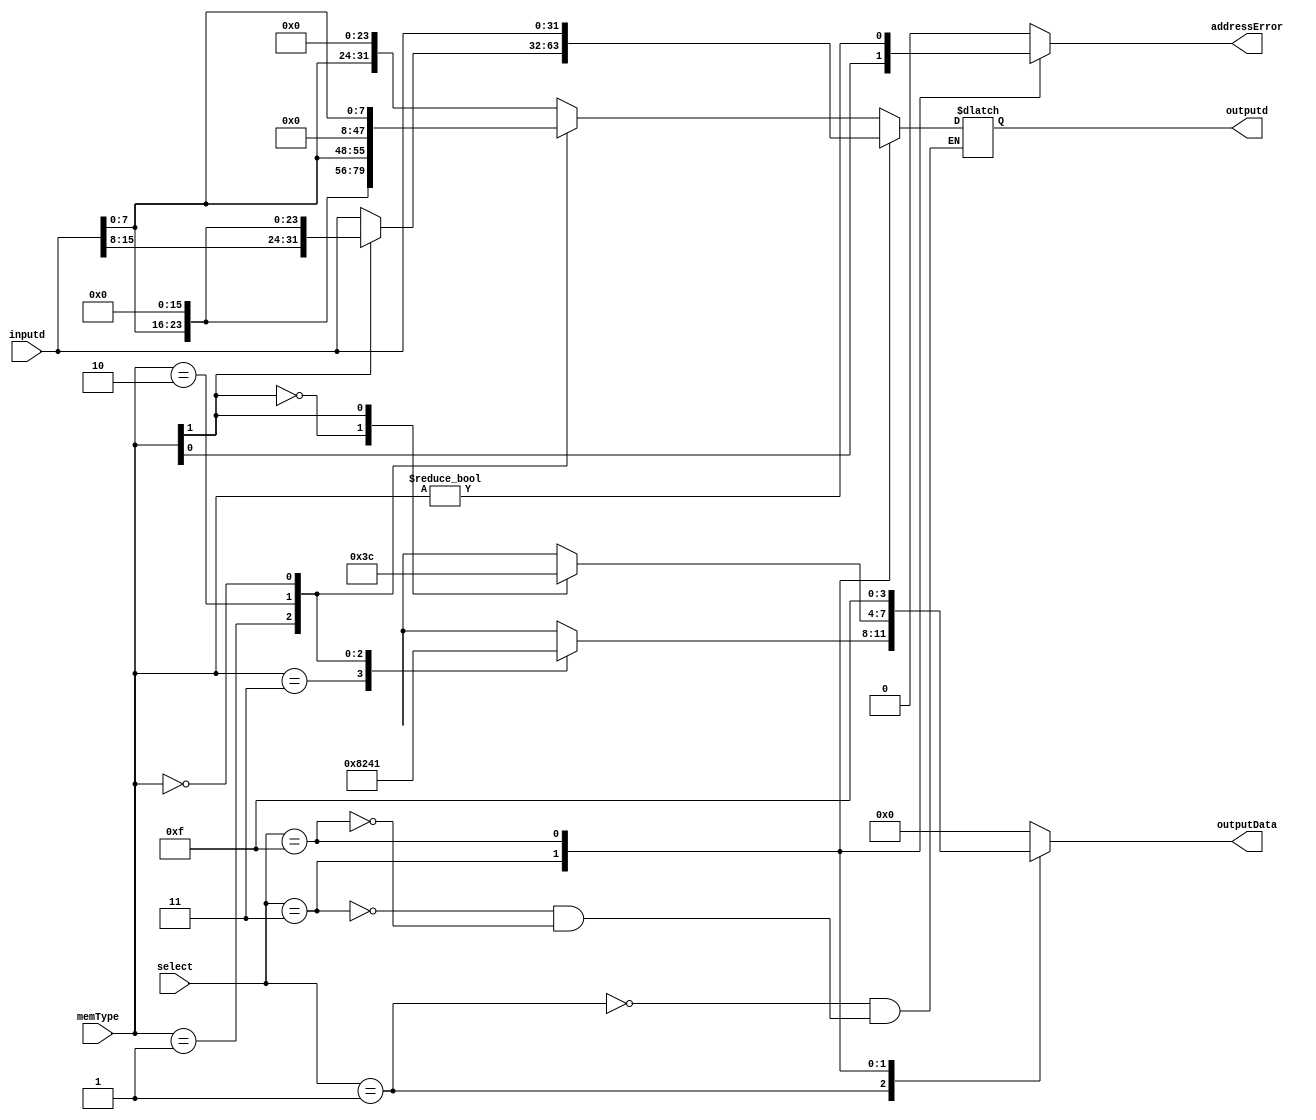
module memRselect(select,memType,outputData, inputd, outputd, addressError);
input[3:0] select;
input[1:0] memType;
input[31:0] inputd;
output reg [3:0] outputData;
output  reg[31:0] outputd;
output reg addressError;
always@(*) begin
case(select)
4'b0001 : begin
                   case(memType)
                   2'b11 :  begin outputData = 4'b1000;  outputd = {inputd[7:0], 24'b0}; end
                   2'b01 :  begin outputData = 4'b0010;  outputd = {16'b0, inputd[7:0], 8'b0}; end
                   2'b10 :  begin outputData = 4'b0100;  outputd = {8'b0,inputd[7:0], 16'b0}; end
                   2'b00 :  begin outputData = 4'b0001;  outputd = {24'b0,inputd[7:0]};  end
                   default : outputData = 4'b0000;

                   endcase
                   addressError = 1'b0;
                   end
4'b0011 : begin
                   case(memType[1])
                  1'b0 :  begin outputData = 4'b0011;  outputd = {16'b0, inputd}; end
                  1'b1 :  begin outputData = 4'b1100;  outputd = {inputd, 16'b0};end
                  default : outputData = 4'b0000;
                   endcase
                   addressError = memType[0];
                   end
4'b1111 : begin outputData = 4'b1111;outputd = inputd;  addressError = (memType != 2'b00); end
default : begin outputData = 4'b0000; addressError = 1'b0; end
endcase
end

endmodule

module memSelect(select,memType,inputData, outputData, addressError);
input[3:0] select;
input[1:0] memType;
input [31:0] inputData;
output reg [31:0] outputData;
output  reg addressError;

initial begin
  addressError  = 1'b0;
end


always @ (* ) begin
case(select)
4'b0001: begin
                  case(memType)
                  2'b00:outputData = {24'b0,inputData[7:0]};
                  2'b01:outputData = {24'b0,inputData[15:8]};
                  2'b10:outputData = {24'b0,inputData[23:16]};
                  2'b11: outputData = {24'b0,inputData[31:24]};
                  endcase
                  addressError = 1'b0;
                  end
4'b0011: begin
                  case(memType[1])
                  1'b0:outputData = {16'b0,inputData[15:0]};
                  1'b1: outputData = {16'b0,inputData[31:16]};
                  endcase
                  addressError = memType[0];
                  end
4'b1001: begin
                  case(memType)
                  2'b00:outputData = {{24{inputData[7]}},inputData[7:0]};
                  2'b01:outputData = {{24{inputData[15]}},inputData[15:8]};
                  2'b10:outputData = {{24{inputData[23]}},inputData[23:16]};
                  2'b11: outputData = {{24{inputData[31]}},inputData[31:24]};
                  endcase
                  addressError = 1'b0;
                  end
4'b1011: begin
                  case(memType[1])
                  1'b0:outputData = {{16{inputData[15]}},inputData[15:0]};
                  1'b1:outputData = {{16{inputData[31]}},inputData[31:16]};
                  endcase
                  addressError = memType[0];
                  end
4'b1111: begin outputData = inputData;   addressError = (memType != 2'b00) ;end
default:  begin outputData = 32'h00000000;  addressError = 1'b0; end
endcase
end
endmodule



module MEM(input clk, input write,input rst, input flush,//input hit
  input [31:0] pc,
  input [31:0] address,
  input [31:0] exe_data,
  input [31:0] sram_data_read,
  input [3:0] memReadEn,
  input [3:0] memWriteEn,

  input mem_to_reg,

  input overflow,
  input Int,
  input bad_inst,
  input [1:0] bc_inst,
  input reg_wen,
  input [4:0]reg_num,
  input cp0_wen,
  input [4:0] cp0_num,
  input [2:0] cp0_sel,
  input pc_change,


  output reg[31:0] pc_out,
  output reg reg_wen_out,
  output reg[4:0] reg_num_out,
  output reg cp0_wen_out,
  output reg[4:0] cp0_num_out,
  output reg [2:0] cp0_sel_out,

  output [31:0] sram_address,
  output [3:0] sram_wen,
  output [31:0] sram_data_write,
  //output sram_ren,
  output [31:0]mem_data,
  output reg[31:0]wb_data_out,


  output reg overflow_out,
  output reg Int_out,
  output reg bad_inst_out,
  output reg [1:0] bc_inst_out,
  output to_exe,
  output reg addressError_read,
  output reg addressError_write,
  output reg [31:0]badAddress,

  output stall_out ,//TODO
  output reg pc_change_out

   );

    wire addressErrorIn, addressErrorOut;
    wire [31:0] mem_data_, mem_value, sram_data_write_;
    wire [3:0] sram_wen_;
    //reg HIT;

    //assign stall_out = HIT &  (memReadEn != 2'b00);

    reg to_stall;

    memSelect memselect(memReadEn, address[1:0], sram_data_read, mem_data_, addressErrorIn);
    memRselect memrselect(memWriteEn, address[1:0],sram_wen_,exe_data,sram_data_write_, addressErrorOut);

    assign mem_value = mem_to_reg ? mem_data_ : address;
    assign mem_data = mem_value;
    assign sram_data_write = sram_data_write_;
    assign sram_address  = (address) & {32{!addressErrorIn & !addressErrorOut}};
    assign sram_wen = sram_wen_ &  {4{!addressErrorOut & !flush}};

    assign to_exe = addressErrorIn | addressErrorOut;

    assign stall_out = ({to_stall,memReadEn!=4'b0000} == 2'b01) & !addressErrorIn & !flush;

    always @ ( posedge clk ) begin

    if(write) begin
    overflow_out <= overflow;
    Int_out <= Int;
    bad_inst_out <=  bad_inst;
    bc_inst_out <=  bc_inst;
    addressError_read <=  addressErrorIn;
    addressError_write <=  addressErrorOut;
    wb_data_out <= mem_data;
    reg_wen_out <=  reg_wen & !flush & !addressErrorIn;
    reg_num_out <= reg_num;
    cp0_wen_out <=  cp0_wen & !flush& !addressErrorIn;
    cp0_sel_out <= cp0_sel;
    cp0_num_out <=  cp0_num;
    badAddress <= address;
    pc_out <= pc;
    //HIT <= hit;
    to_stall <= (memReadEn !=4'b0000);
	  pc_change_out <=  pc_change;
    end

    if(!rst | stall_out) begin
    overflow_out <= 0;
    Int_out <= 0;
    bad_inst_out <=  0;
    bc_inst_out <=  0;
    addressError_read <=  0;
    addressError_write <=  0;
    wb_data_out <= 0;
    reg_wen_out <=  0 ;
    reg_num_out <= 0;
    cp0_wen_out <=  0;
    cp0_sel_out <= 0;
    cp0_num_out <=  0;
    badAddress <= 0;
    pc_out <= pc;
    //to_stall <= 1'b0;
	   pc_change_out <= 1'b0;
    end
    end

   endmodule